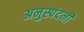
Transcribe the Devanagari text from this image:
अनुस्पंदनी